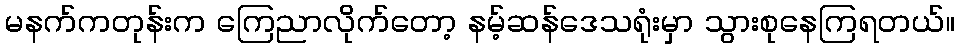
မနက်ကတုန်းက ကြေညာလိုက်တော့ နမ့်ဆန်ဒေသရုံးမှာ သွားစုနေကြရတယ်။